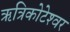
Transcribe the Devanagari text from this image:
ऋत्रिकोटेश्‍वर